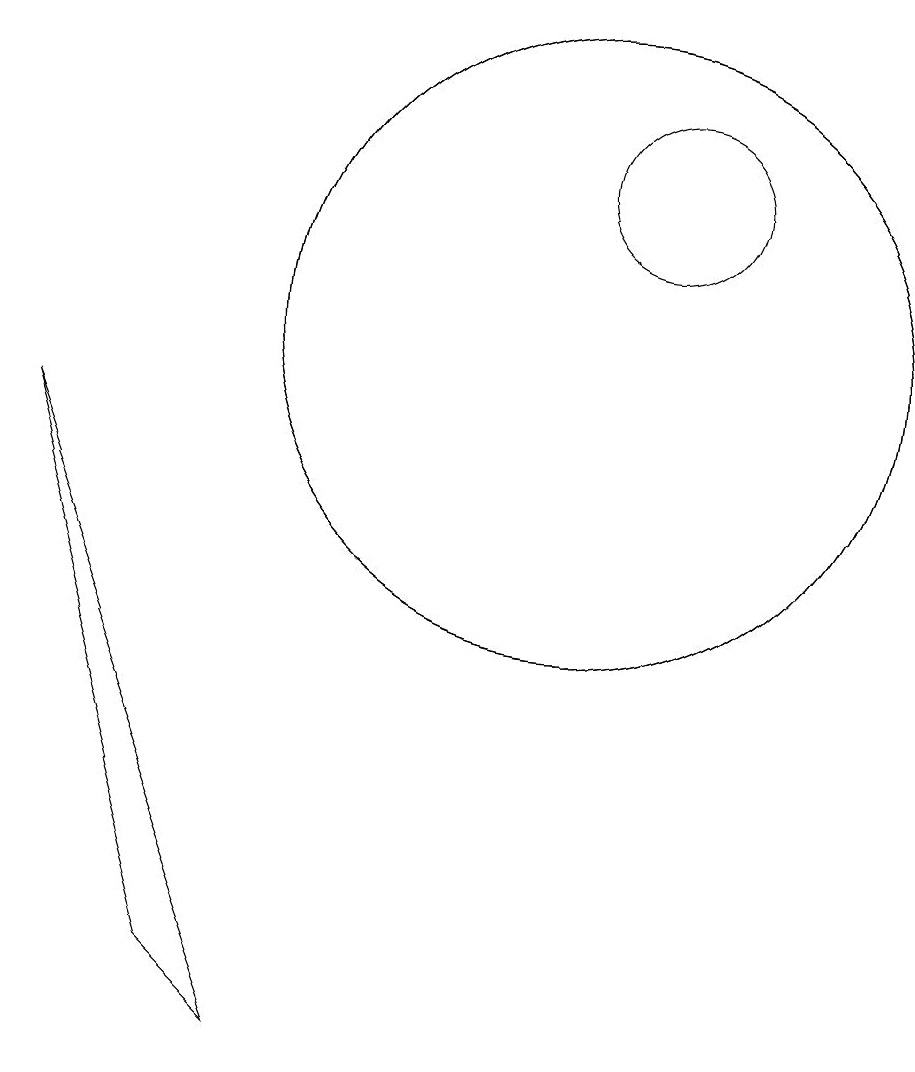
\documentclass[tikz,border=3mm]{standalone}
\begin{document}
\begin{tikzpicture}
\draw (10,10) circle (4);
\draw (11,12) circle (1);
\draw (10,10) circle (4);
\draw (5,2) -- (6,1) -- (3,9) -- cycle;
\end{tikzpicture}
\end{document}